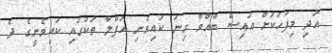
އަދި މިފަހަކަށް އައިސް ބާއްވާ ގިނަ ކައިވެނި ހަފްލާ ތަކުގައި ކައިވެނީގެ ދެ